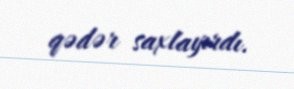
qədər saxlayırdı.